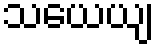
သယေယျ